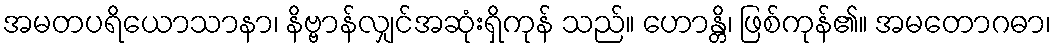
အမတပရိယောသာနာ၊ နိဗ္ဗာန်လျှင်အဆုံးရှိကုန် သည်။ ဟောန္တိ၊ ဖြစ်ကုန်၏။ အမတောဂဓာ၊